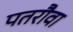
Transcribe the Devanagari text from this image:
पतरौवा